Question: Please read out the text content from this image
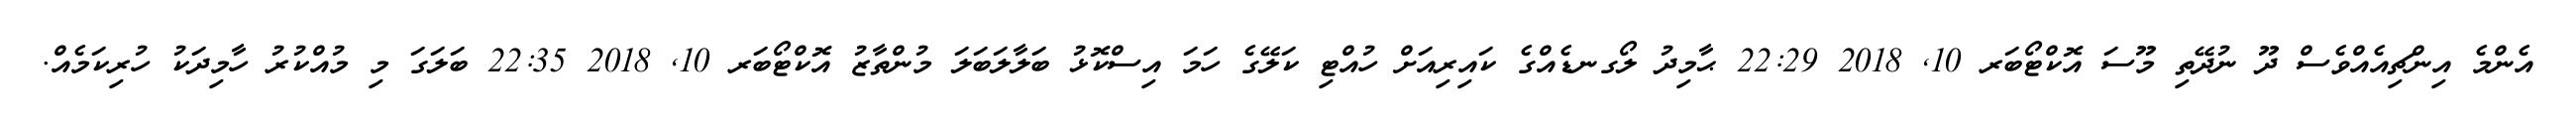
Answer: އެންމެ އިންޗިއެއްވެސް ދޫ ނުދޭތި މޫސަ އޮކްޓޯބަރ 10, 2018 22:29 ޙާމިދު ލޯގނޑެއްގެ ކައިރިއަށް ހުއްޓި ކަލޭގެ ހަމަ އިސްކޮޅު ބަލާލަބަލަ މުންތާޒު އޮކްޓޯބަރ 10, 2018 22:35 ބަލަގަ މި މުއްކުރު ހާމިދަކު ހުރިކަމެއް.